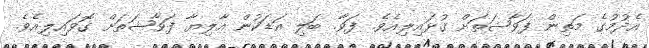
އެދުމުގެ މަތިން ފަވާޝަތަށް ގުޅައިލިއެވެ. ފަވާ. ބަލި އަޑަކުން އާލިޔާ ފަވާޝަތަށް ގޮވައިލިއެވެ.